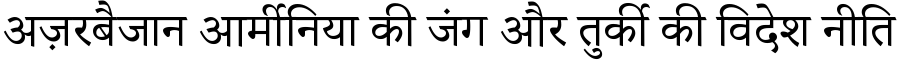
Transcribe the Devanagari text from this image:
अज़रबैजान आर्मीनिया की जंग और तुर्की की विदेश नीति